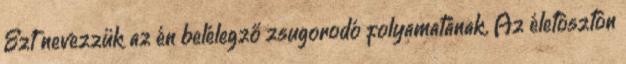
Ezt nevezzük az én belélegző zsugorodó folyamatának. Az életösztön